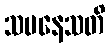
သမနေသတိ